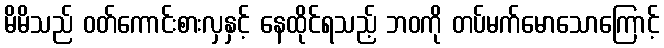
မိမိသည် ဝတ်ကောင်းစားလှနှင့် နေထိုင်ရသည့် ဘဝကို တပ်မက်မောသောကြောင့်